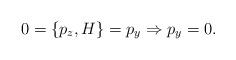
LaTeX: \begin{align*}0=\{p_z,H\}=p_y \Rightarrow p_y=0.\end{align*}